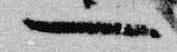
一